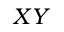
X Y